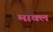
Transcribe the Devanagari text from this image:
माक्ल